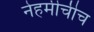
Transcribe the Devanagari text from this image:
नेहमीचीच